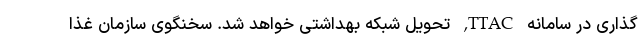
گذاری در سامانه TTAC, تحویل شبکه بهداشتی خواهد شد. سخنگوی سازمان غذا